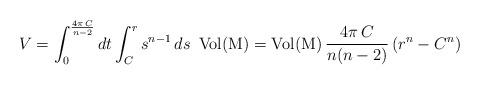
LaTeX: \begin{align*}V=\int_{0}^{\frac{4\pi \,C}{n-2}} dt \int_{C}^{r}s^{n-1}\, ds \,\,\,\mathrm{Vol(M)}=\mathrm{Vol(M)}\,\frac{4\pi \,C}{n(n-2)}\left(r^n-C^n\right)\end{align*}